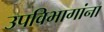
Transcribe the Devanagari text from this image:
उपविभागांना